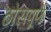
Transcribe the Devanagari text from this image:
ठोसपूर्ण